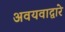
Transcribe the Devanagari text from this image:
अवयवाद्वारे